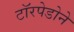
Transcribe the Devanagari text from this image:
टॉरपेडोने